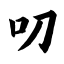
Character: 叨